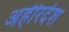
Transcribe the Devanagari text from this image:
अहीरदेश